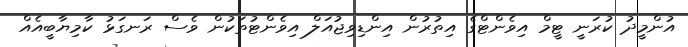
އުންމީދު ކުރަނީ ޓީމް އިވެންޓްގެ އިތުރުން އިންޑިވިޖުއަލް އިވެންޓުތަކުން ވެސް ރަނގަޅު ކާމިޔާބީއެއް